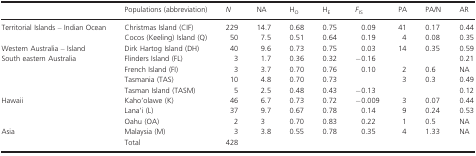
<table><thead><tr><td>[EMPTY_CELL]</td><td><b>Populations (abbreviation)</b></td><td><b><i>N</i></b></td><td><b>NA</b></td><td><b>H<sub>O</sub></b></td><td><b>H<sub>E</sub></b></td><td><b><i>F</i><sub>IS</sub></b></td><td><b>PA</b></td><td><b>PA/N</b></td><td><b>AR</b></td></tr></thead><tbody><tr><td rowspan="2">Territorial Islands – Indian Ocean</td><td>Christmas Island (CIF)</td><td>229</td><td>14.7</td><td>0.68</td><td>0.75</td><td>0.09</td><td>41</td><td>0.17</td><td>0.44</td></tr><tr><td>Cocos (Keeling) Island (Q)</td><td>50</td><td>7.5</td><td>0.51</td><td>0.64</td><td>0.19</td><td>4</td><td>0.08</td><td>0.35</td></tr><tr><td>Western Australia – Island</td><td>Dirk Hartog Island (DH)</td><td>40</td><td>9.6</td><td>0.73</td><td>0.75</td><td>0.03</td><td>14</td><td>0.35</td><td>0.59</td></tr><tr><td rowspan="4">South eastern Australia</td><td>Flinders Island (FL)</td><td>3</td><td>1.7</td><td>0.36</td><td>0.32</td><td>−0.16</td><td>[EMPTY_CELL]</td><td>[EMPTY_CELL]</td><td>0.21</td></tr><tr><td>French Island (FI)</td><td>3</td><td>3.7</td><td>0.70</td><td>0.76</td><td>0.10</td><td>2</td><td>0.6</td><td>NA</td></tr><tr><td>Tasmania (TAS)</td><td>10</td><td>4.8</td><td>0.70</td><td>0.73</td><td>[EMPTY_CELL]</td><td>3</td><td>0.3</td><td>0.49</td></tr><tr><td>Tasman Island (TASM)</td><td>5</td><td>2.5</td><td>0.48</td><td>0.43</td><td>−0.13</td><td>[EMPTY_CELL]</td><td>[EMPTY_CELL]</td><td>0.12</td></tr><tr><td rowspan="3">Hawaii</td><td>Kaho'olawe (K)</td><td>46</td><td>6.7</td><td>0.73</td><td>0.72</td><td>−0.009</td><td>3</td><td>0.07</td><td>0.44</td></tr><tr><td>Lana'i (L)</td><td>37</td><td>9.7</td><td>0.67</td><td>0.78</td><td>0.14</td><td>9</td><td>0.24</td><td>0.53</td></tr><tr><td>Oahu (OA)</td><td>2</td><td>3</td><td>0.70</td><td>0.83</td><td>0.22</td><td>1</td><td>0.5</td><td>NA</td></tr><tr><td>Asia</td><td>Malaysia (M)</td><td>3</td><td>3.8</td><td>0.55</td><td>0.78</td><td>0.35</td><td>4</td><td>1.33</td><td>NA</td></tr><tr><td>[EMPTY_CELL]</td><td>Total</td><td>428</td><td>[EMPTY_CELL]</td><td>[EMPTY_CELL]</td><td>[EMPTY_CELL]</td><td>[EMPTY_CELL]</td><td>[EMPTY_CELL]</td><td>[EMPTY_CELL]</td><td>[EMPTY_CELL]</td></tr></tbody></table>